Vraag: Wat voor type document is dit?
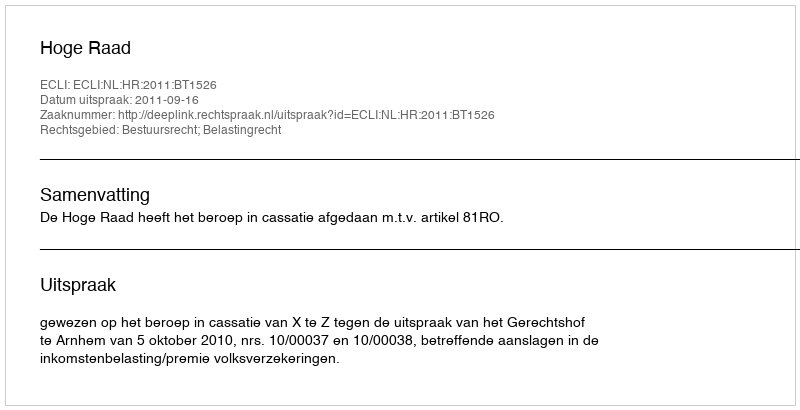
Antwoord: Uitspraak